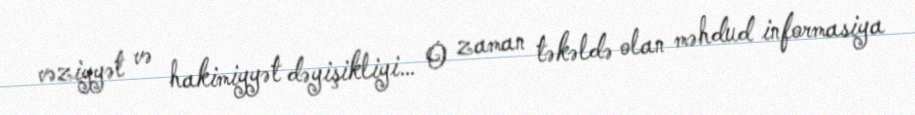
vəziyyət və hakimiyyət dəyişikliyi… O zaman təkəldə olan məhdud informasiya